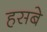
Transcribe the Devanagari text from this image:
हसबे